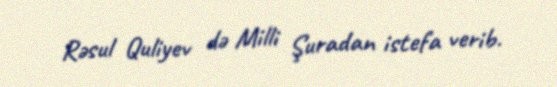
Rəsul Quliyev də Milli Şuradan istefa verib.